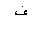
Letter: _fa